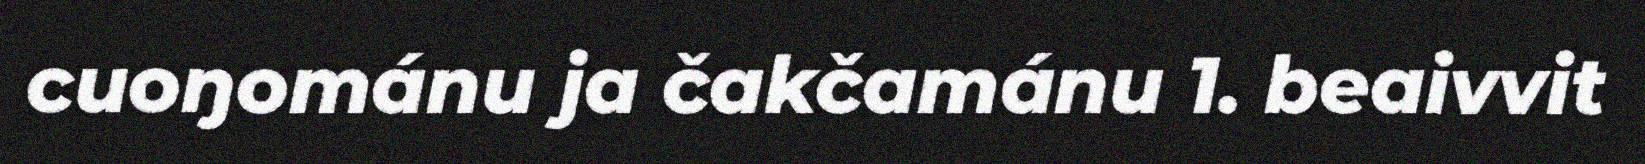
cuoŋománu ja čakčamánu 1. beaivvit